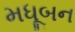
મધૂબન